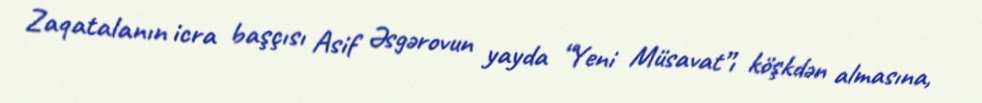
Zaqatalanın icra başçısı Asif Əsgərovun yayda “Yeni Müsavat”ı köşkdən almasına,